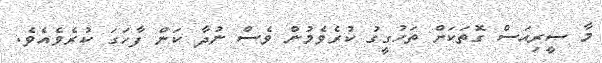
މާ ސީރިއަސް ގޮތަކަށް ތަހުގީގު ކުރެވެމުން ވެސް ނުދާ ކަން ފާހަގަ ކުރެވެއެވެ.